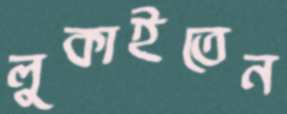
লুকাইতেন